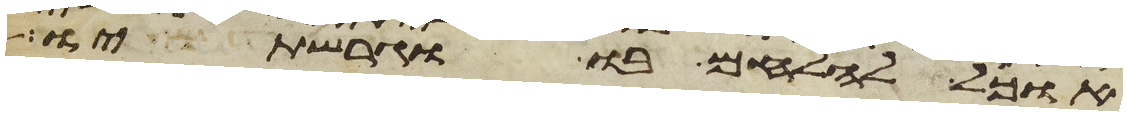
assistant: אוכל להלחם בו וגרשתיו